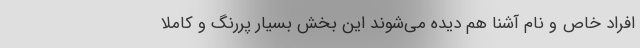
افراد خاص و نام آشنا هم دیده می‌شوند این بخش بسیار پررنگ و کاملا